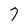
Character: 7